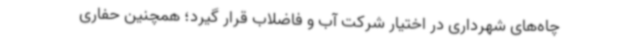
چاه‌های شهرداری در اختیار شرکت آب و فاضلاب قرار گیرد؛ همچنین حفاری